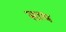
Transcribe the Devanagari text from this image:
साथ